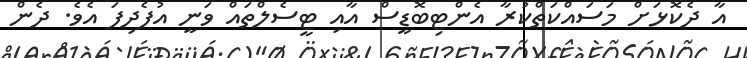
އާ ދެކޮޅަށް މަސައްކަތްކުރާ އެންޓިބޮޑީސް އާއި ޓީސެލްތައް ވަނީ އުފެދިފަ އެވެ. ދެން